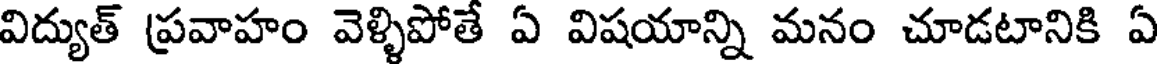
విద్యుత్ ప్రవాహం వెళ్ళిపోతే ఏ విషయాన్ని మనం చూడటానికి ఏ